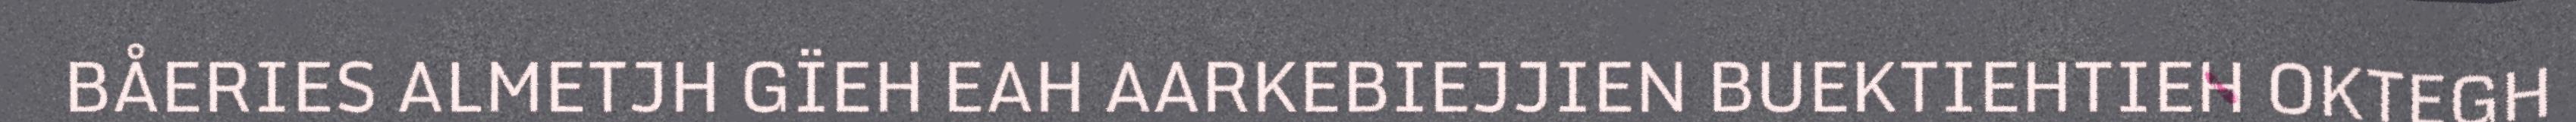
BÅERIES ALMETJH GÏEH EAH AARKEBIEJJIEN BUEKTIEHTIEH OKTEGH